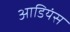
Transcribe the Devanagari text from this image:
आडियंस